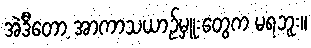
အဲဒီတော့ အာကာသယာဉ်မှူးတွေက မရဘူး။